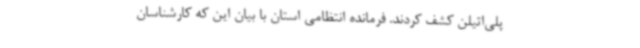
پلی‌اتیلن کشف کردند. فرمانده انتظامی استان با بیان این که کارشناسان